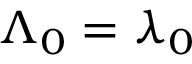
\Lambda _ { 0 } = \lambda _ { 0 }